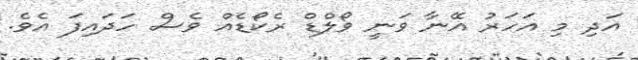
އަދި މި އަހަރު އޭނާ ވަނީ ވޯލްޑް ރެކޯޑެއް ވެސް ހަދައިފަ އެވެ.